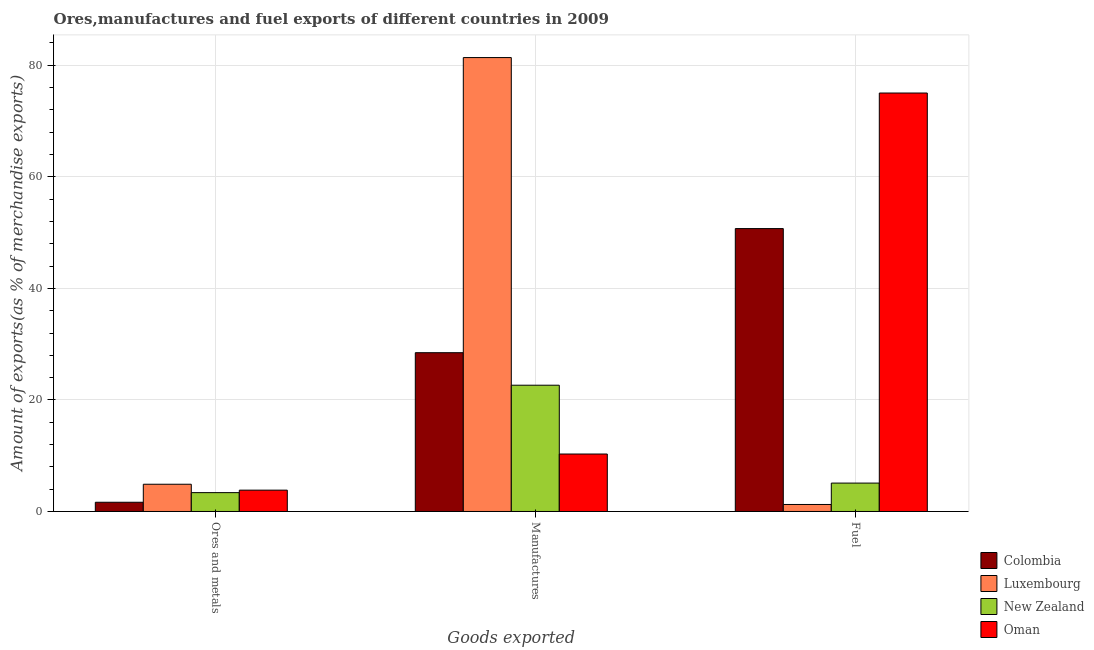
| Goods exported | Colombia | Luxembourg | New Zealand | Oman |
 | --- | --- | --- | --- | --- |
 | Ores and metals | 1.65 | 4.88 | 3.38 | 3.83 |
 | Manufactures | 28.5 | 81.4 | 22.6 | 10.3 |
 | Fuel | 50.7 | 1.26 | 5.09 | 75 |